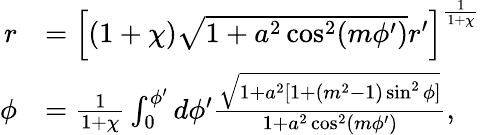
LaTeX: \begin{array}{rl}{r}&{=\left[(1+\chi)\sqrt{1+a^{2}\cos^{2}(m\phi^{\prime})}r^{\prime}\right]^{\frac{1}{1+\chi}}}\\ {\phi}&{=\frac{1}{1+\chi}\int_{0}^{\phi^{\prime}}d\phi^{\prime}\frac{\sqrt{1+a^{2}[1+(m^{2}-1)\sin^{2}\phi]}}{1+a^{2}\cos^{2}(m\phi^{\prime})},}\end{array}